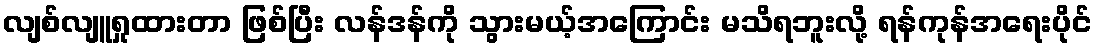
လျစ်လျူရှုထားတာ ဖြစ်ပြီး လန်ဒန်ကို သွားမယ့်အကြောင်း မသိရဘူးလို့ ရန်ကုန်အရေးပိုင်